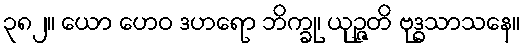
၃၈၂။ ယော ဟေဝ ဒဟရော ဘိက္ခု၊ ယုဉ္ဇတိ ဗုဒ္ဓသာသနေ။